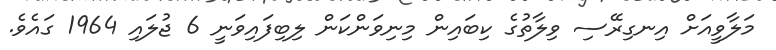
މަލާވީއަށް އިނގިރޭސި ވިލާތުގެ ކިބައިން މިނިވަންކަން ލިބިފައިވަނީ 6 ޖުލައި 1964 ގައެވެ.